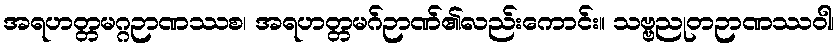
အရဟတ္တမဂ္ဂဉာဏဿစ၊ အရဟတ္တမဂ်ဉာဏ်၏လည်းကောင်း။ သဗ္ဗညုတဉာဏဿဝါ၊